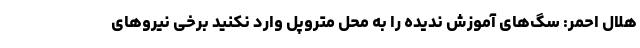
هلال احمر: سگ‌های آموزش ندیده را به محل متروپل وارد نکنید برخی نیروهای